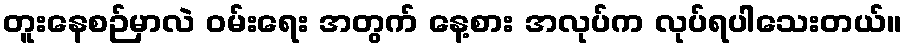
တူးနေစဉ်မှာလဲ ဝမ်းရေး အတွက် နေ့စား အလုပ်က လုပ်ရပါသေးတယ်။